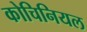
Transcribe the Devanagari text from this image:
कोचिनियल